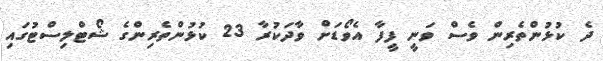
ދެ ކުޅުންތެރިން ވެސް ވަނީ ފީފާ އެވޯޑަށް ވާދަކުރާ 23 ކުޅުންތެރިންގެ ޝޯޓްލިސްޓުގައި